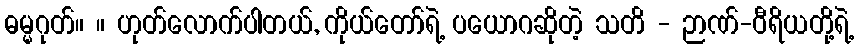
ဓမ္မဂုတ်။ ။ ဟုတ်လောက်ပါတယ်, ကိုယ်တော်ရဲ့ ပယောဂဆိုတဲ့ သတိ - ဉာဏ်-ဝီရိယတို့ရဲ့